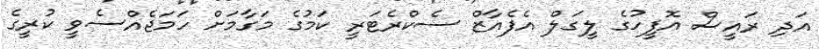
އަދި ރައީސް އޮފީހުގެ ލީގަލް އެފެއާޒް ސެކްރެޓަރީ ކަމުގެ މަގާމަށް ހަމަޖެއްސެވީ ކުރީގެ